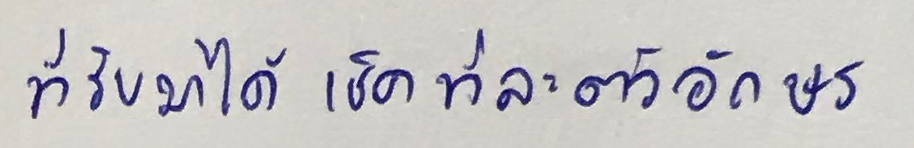
ที่รับมาได้ เช็คทีละตัวอักษร